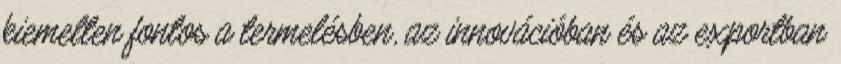
kiemelten fontos a termelésben, az innovációban és az exportban